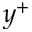
y ^ { + }